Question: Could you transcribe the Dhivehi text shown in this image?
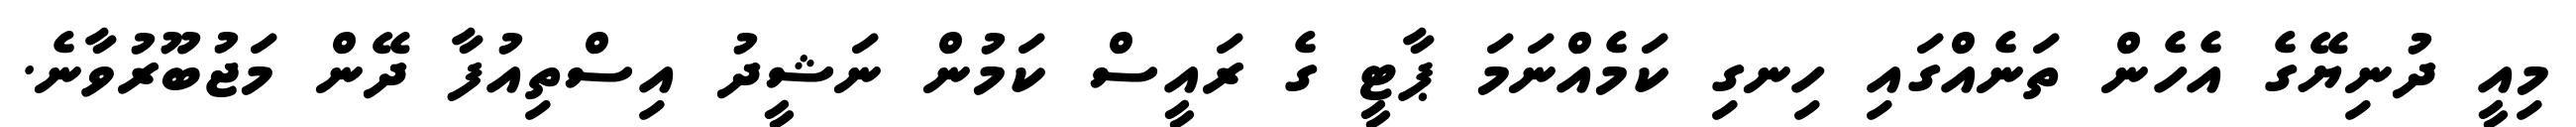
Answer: މިއީ ދުނިޔޭގެ އެހެން ތަނެއްގައި ހިނގި ކަމެއްނަމަ ޕާޓީ ގެ ރައީސް ކަމުން ނަޝީދު އިސްތިއުފާ ދޭން މަޖުބޫރުވާނެ.